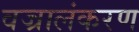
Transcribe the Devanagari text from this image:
वज्रालंकरण